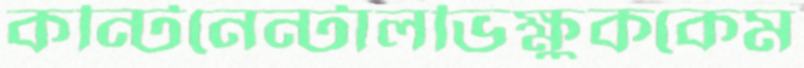
কন্টিনেন্টালভিক্ষুককেম